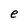
Character: e